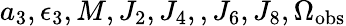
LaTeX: a_{3},\epsilon_{3},M,J_{2},J_{4},,J_{6},J_{8},\Omega_{\mathrm{obs}}